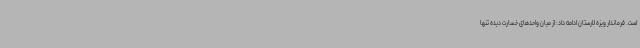
است. فرماندار ویزه لارستان ادامه داد: از میان واحدهای خسارت دیده تنها